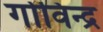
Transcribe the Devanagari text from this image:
गोविन्द्र